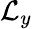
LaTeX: \mathcal{L}_{y}